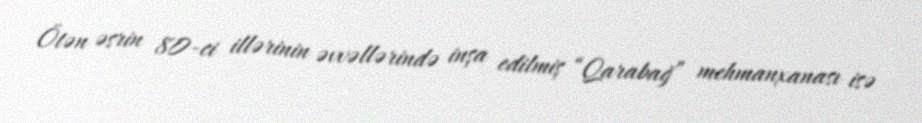
Ötən əsrin 80-ci illərinin əvvəllərində inşa edilmiş “Qarabağ” mehmanxanası isə